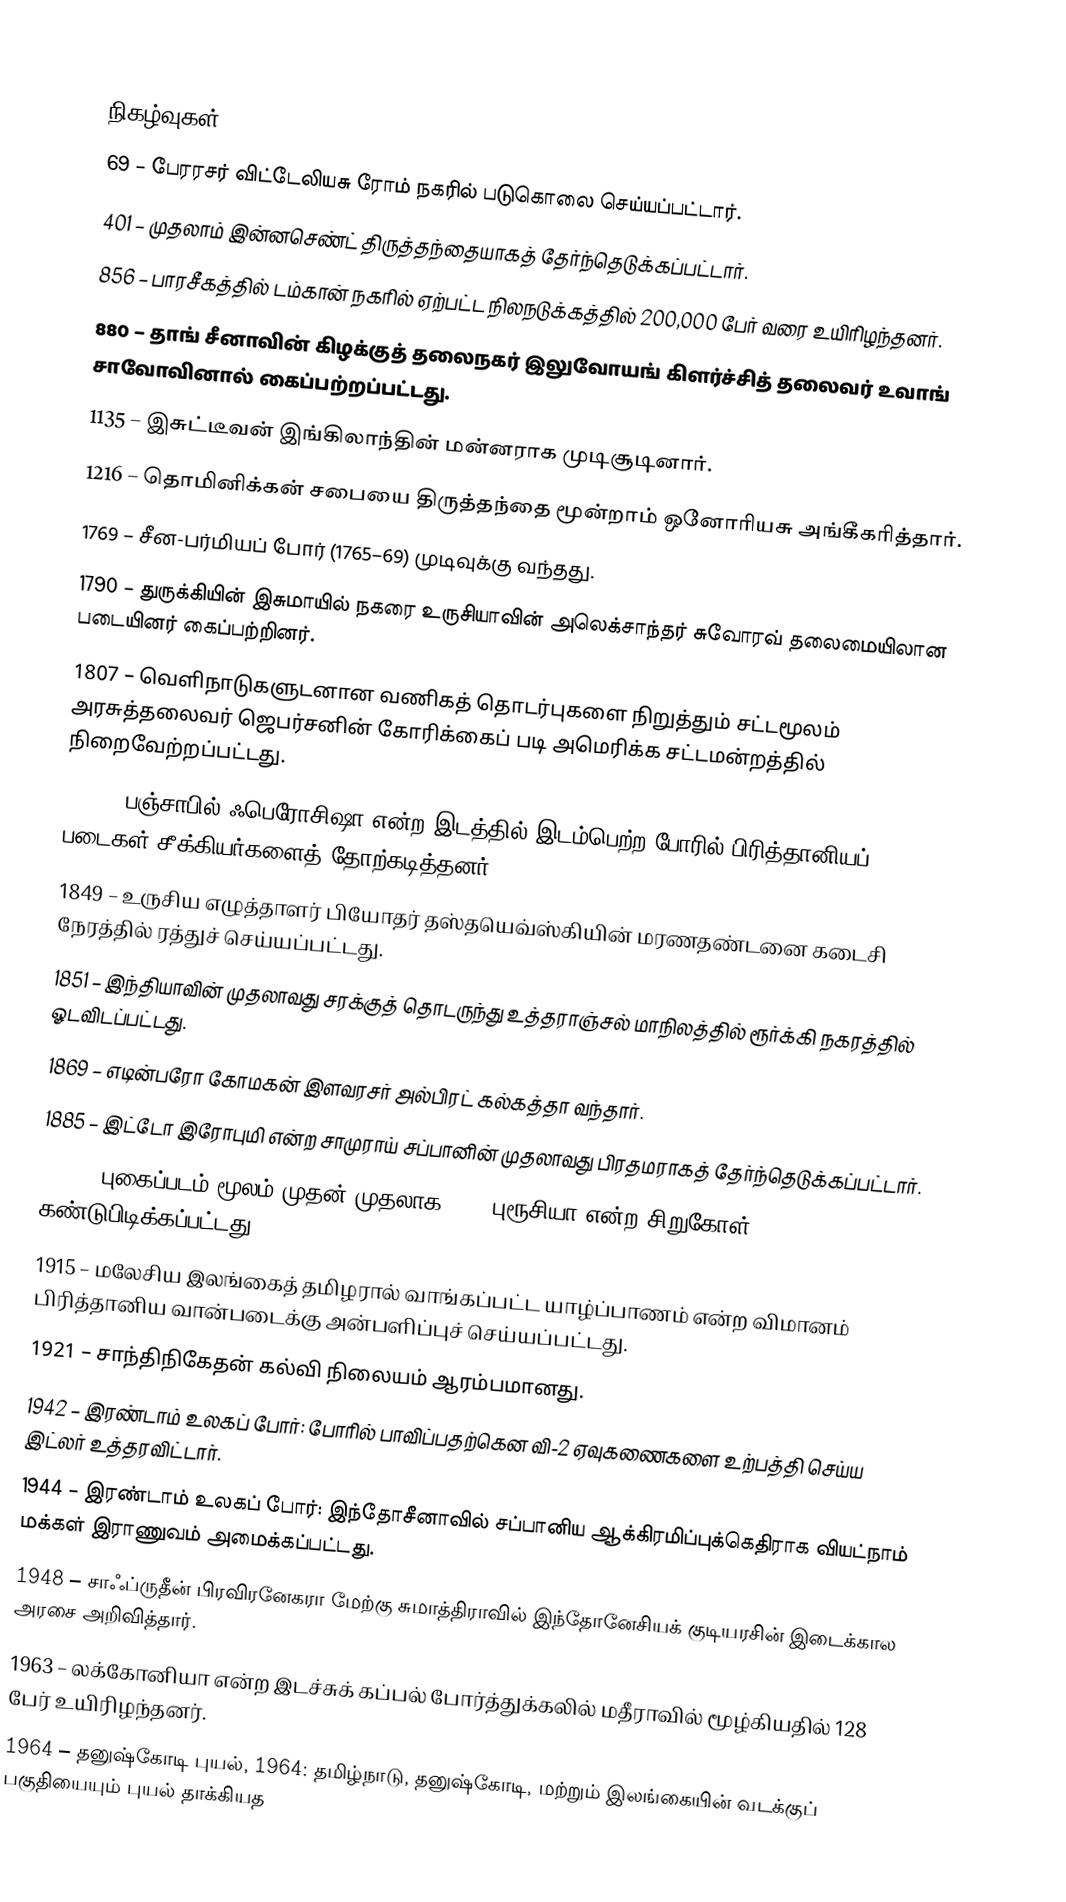

நிகழ்வுகள்
 69 – பேரரசர் விட்டேலியசு ரோம் நகரில் படுகொலை செய்யப்பட்டார்.
 401 – முதலாம் இன்னசெண்ட் திருத்தந்தையாகத் தேர்ந்தெடுக்கப்பட்டார்.
 856 – பாரசீகத்தில் டம்கான் நகரில் ஏற்பட்ட நிலநடுக்கத்தில் 200,000 பேர் வரை உயிரிழந்தனர்.
 880 – தாங் சீனாவின் கிழக்குத் தலைநகர் இலுவோயங் கிளர்ச்சித் தலைவர் உவாங் சாவோவினால் கைப்பற்றப்பட்டது.
1135 – இசுட்டீவன் இங்கிலாந்தின் மன்னராக முடிசூடினார்.
1216 – தொமினிக்கன் சபையை திருத்தந்தை மூன்றாம் ஒனோரியசு அங்கீகரித்தார்.
1769 – சீன-பர்மியப் போர் (1765–69) முடிவுக்கு வந்தது.
1790 – துருக்கியின் இசுமாயில் நகரை உருசியாவின் அலெக்சாந்தர் சுவோரவ் தலைமையிலான படையினர் கைப்பற்றினர்.
1807 – வெளிநாடுகளுடனான வணிகத் தொடர்புகளை நிறுத்தும் சட்டமூலம் அரசுத்தலைவர் ஜெபர்சனின் கோரிக்கைப் படி அமெரிக்க சட்டமன்றத்தில் நிறைவேற்றப்பட்டது.
1845 – பஞ்சாபில் ஃபெரோசிஷா என்ற இடத்தில் இடம்பெற்ற போரில் பிரித்தானியப் படைகள் சீக்கியர்களைத் தோற்கடித்தனர்.
1849 – உருசிய எழுத்தாளர் பியோதர் தஸ்தயெவ்ஸ்கியின் மரணதண்டனை கடைசி நேரத்தில் ரத்துச் செய்யப்பட்டது.
1851 – இந்தியாவின் முதலாவது சரக்குத் தொடருந்து உத்தராஞ்சல் மாநிலத்தில் ரூர்க்கி நகரத்தில் ஓடவிடப்பட்டது.
1869 – எடின்பரோ கோமகன் இளவரசர் அல்பிரட் கல்கத்தா வந்தார்.
1885 – இட்டோ இரோபுமி என்ற சாமுராய் சப்பானின் முதலாவது பிரதமராகத் தேர்ந்தெடுக்கப்பட்டார்.
1891 – புகைப்படம் மூலம் முதன் முதலாக '323 புரூசியா என்ற சிறுகோள்  கண்டுபிடிக்கப்பட்டது.
1915 – மலேசிய இலங்கைத் தமிழரால் வாங்கப்பட்ட யாழ்ப்பாணம் என்ற விமானம் பிரித்தானிய வான்படைக்கு அன்பளிப்புச் செய்யப்பட்டது.
1921 – சாந்திநிகேதன் கல்வி நிலையம் ஆரம்பமானது.
1942 – இரண்டாம் உலகப் போர்: போரில் பாவிப்பதற்கென வி-2 ஏவுகணைகளை உற்பத்தி செய்ய இட்லர் உத்தரவிட்டார்.
1944 – இரண்டாம் உலகப் போர்: இந்தோசீனாவில் சப்பானிய ஆக்கிரமிப்புக்கெதிராக வியட்நாம் மக்கள் இராணுவம் அமைக்கப்பட்டது.
1948 – சாஃப்ருதீன் பிரவிரனேகரா மேற்கு சுமாத்திராவில் இந்தோனேசியக் குடியரசின் இடைக்கால அரசை அறிவித்தார்.
1963 – லக்கோனியா என்ற இடச்சுக் கப்பல் போர்த்துக்கலில் மதீராவில் மூழ்கியதில் 128 பேர் உயிரிழந்தனர்.
1964 – தனுஷ்கோடி புயல், 1964: தமிழ்நாடு, தனுஷ்கோடி, மற்றும் இலங்கையின் வடக்குப் பகுதியையும் புயல் தாக்கியத